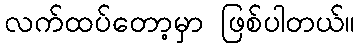
လက်ထပ်တော့မှာ ဖြစ်ပါတယ်။